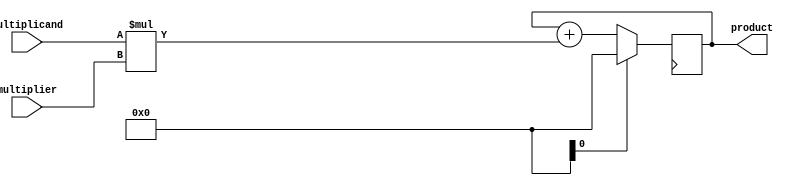
module Booth_Multiplier(
    input signed [31:0] multiplicand,
    input signed [31:0] multiplier,
    output signed [63:0] product
);

wire signed [31:0] BoothEncodedMultiplier;

assign BoothEncodedMultiplier = {32'b0, multiplier};

reg signed [63:0] partialProduct;
reg signed [63:0] accumulator;

always @(*) begin
    partialProduct = {32'b0, multiplicand} * BoothEncodedMultiplier;
end

always @(posedge clk) begin
    if (reset) begin
        accumulator <= 64'b0;
    end else begin
        accumulator <= accumulator + partialProduct;
    end
end

assign product = accumulator;

endmodule